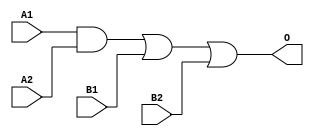
module ADB211D(A1, A2, B1, B2, O);
input   A1;
input   A2;
input   B1;
input   B2;
output  O;
and g0(w0, A1, A2);
or g1(O, w0, B1, B2);
endmodule